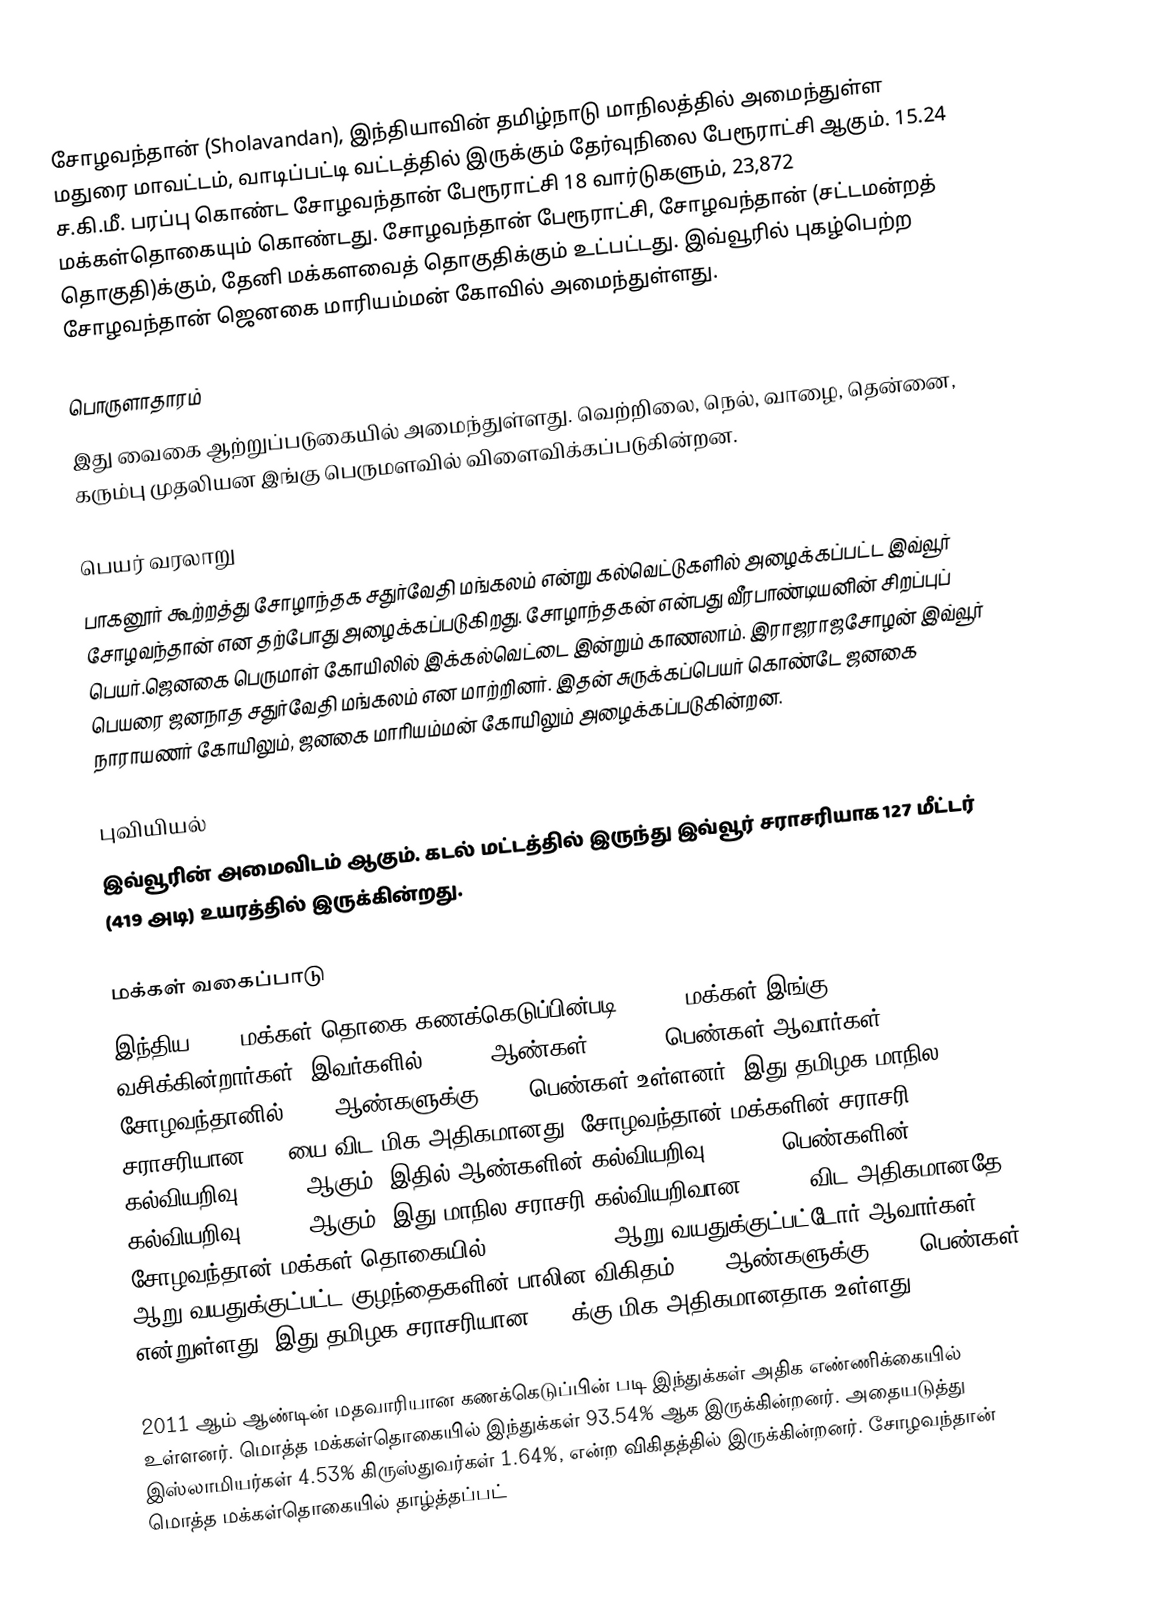
சோழவந்தான் (Sholavandan), இந்தியாவின் தமிழ்நாடு மாநிலத்தில் அமைந்துள்ள மதுரை மாவட்டம், வாடிப்பட்டி வட்டத்தில் இருக்கும்  தேர்வுநிலை  பேரூராட்சி ஆகும். 15.24 ச.கி.மீ. பரப்பு கொண்ட சோழவந்தான் பேரூராட்சி  18 வார்டுகளும்,  23,872 மக்கள்தொகையும் கொண்டது. சோழவந்தான் பேரூராட்சி, சோழவந்தான் (சட்டமன்றத் தொகுதி)க்கும், தேனி மக்களவைத் தொகுதிக்கும் உட்பட்டது. இவ்வூரில் புகழ்பெற்ற சோழவந்தான் ஜெனகை மாரியம்மன் கோவில் அமைந்துள்ளது.

பொருளாதாரம்
இது வைகை ஆற்றுப்படுகையில் அமைந்துள்ளது. வெற்றிலை, நெல், வாழை, தென்னை, கரும்பு முதலியன இங்கு பெருமளவில் விளைவிக்கப்படுகின்றன.

பெயர் வரலாறு
பாகனூர் கூற்றத்து சோழாந்தக சதுர்வேதி மங்கலம் என்று கல்வெட்டுகளில் அழைக்கப்பட்ட இவ்வூர் சோழவந்தான் என தற்போது அழைக்கப்படுகிறது. சோழாந்தகன் என்பது வீரபாண்டியனின் சிறப்புப் பெயர்.ஜெனகை பெருமாள் கோயிலில் இக்கல்வெட்டை இன்றும் காணலாம். இராஜராஜசோழன் இவ்வூர் பெயரை ஜனநாத சதுர்வேதி மங்கலம்  என மாற்றினர். இதன் சுருக்கப்பெயர் கொண்டே ஜனகை நாராயணர் கோயிலும், ஜனகை மாரியம்மன் கோயிலும் அழைக்கப்படுகின்றன.

புவியியல்
இவ்வூரின் அமைவிடம்  ஆகும். கடல் மட்டத்தில் இருந்து இவ்வூர் சராசரியாக 127 மீட்டர் (419 அடி) உயரத்தில் இருக்கின்றது.

மக்கள் வகைப்பாடு
இந்திய 2011 மக்கள் தொகை கணக்கெடுப்பின்படி 22,578 மக்கள் இங்கு வசிக்கின்றார்கள். இவர்களில் 11,168 ஆண்கள், 11,410 பெண்கள் ஆவார்கள். சோழவந்தானில் 1000 ஆண்களுக்கு 1022 பெண்கள் உள்ளனர். இது தமிழக மாநில சராசரியான 996-யை விட மிக அதிகமானது. சோழவந்தான் மக்களின் சராசரி கல்வியறிவு 82.41% ஆகும், இதில் ஆண்களின் கல்வியறிவு 88.98%, பெண்களின் கல்வியறிவு 75.98% ஆகும். இது மாநில சராசரி கல்வியறிவான 80.09% விட அதிகமானதே. சோழவந்தான் மக்கள் தொகையில் 2,213 (9.80%) ஆறு வயதுக்குட்பட்டோர் ஆவார்கள். ஆறு வயதுக்குட்பட்ட குழந்தைகளின் பாலின விகிதம் 1000 ஆண்களுக்கு 1030 பெண்கள் என்றுள்ளது. இது தமிழக சராசரியான 943-க்கு மிக அதிகமானதாக உள்ளது.

2011 ஆம் ஆண்டின் மதவாரியான கணக்கெடுப்பின் படி இந்துக்கள் அதிக எண்ணிக்கையில் உள்ளனர். மொத்த மக்கள்தொகையில் இந்துக்கள் 93.54% ஆக இருக்கின்றனர். அதையடுத்து இஸ்லாமியர்கள் 4.53% கிருஸ்துவர்கள் 1.64%, என்ற விகிதத்தில் இருக்கின்றனர். சோழவந்தான் மொத்த மக்கள்தொகையில் தாழ்த்தப்பட்